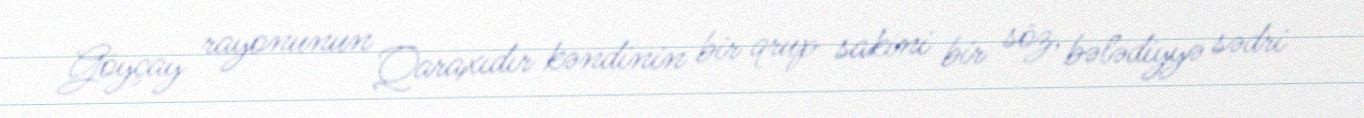
Göyçay rayonunun Qaraxıdır kəndinin bir qrup sakini bir söz, bələdiyyə sədri